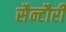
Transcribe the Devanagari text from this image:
सैन्टौरी